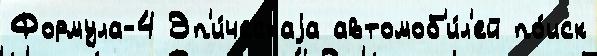
Формула-4 Эп'и́ческаjа автомоб'и́л'ей по́иск